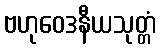
ဗဟုဝေဒနီယသုတ္တံ